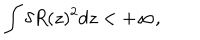
\int \delta R ( z ) ^ { 2 } d z < + \infty ,